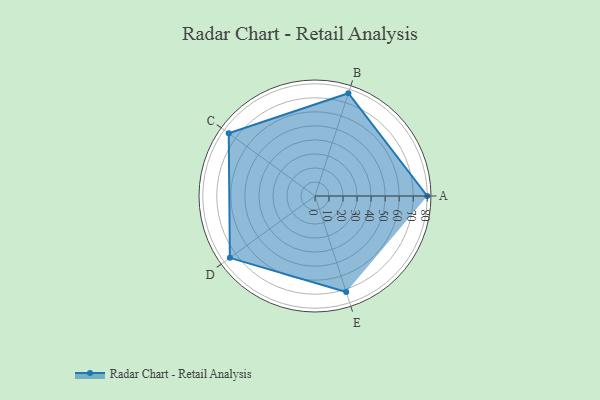
{"axis": {"x": "Skill", "y": "Score"}, "legend": ["Profile"], "data": [{"x": "A", "y": 80.0, "type": "Profile"}, {"x": "B", "y": 77.0, "type": "Profile"}, {"x": "C", "y": 76.0, "type": "Profile"}, {"x": "D", "y": 75.0, "type": "Profile"}, {"x": "E", "y": 72.0, "type": "Profile"}]}